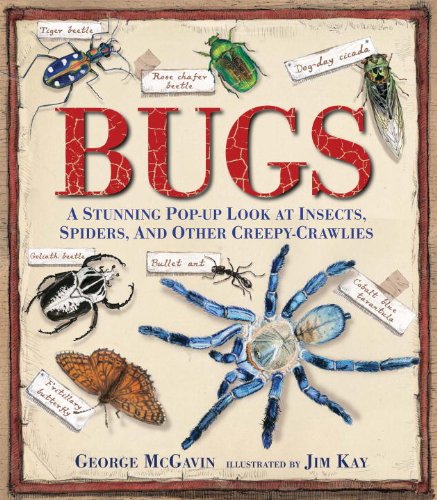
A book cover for Bugs: A Stunning Pop-up Look at Insects, Spiders, and Other Creepy-Crawlies; George McGavin; Children's Books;